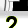
Digit: 2